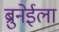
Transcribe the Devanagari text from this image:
ब्रुनेईला